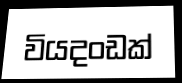
වියදංඩක්